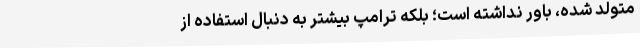
متولد شده، باور نداشته است؛ بلکه ترامپ بیشتر به دنبال استفاده از